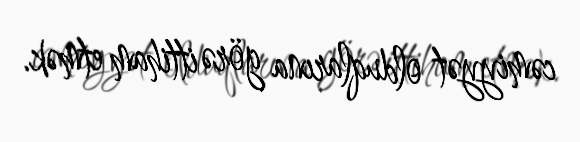
cəmiyyət olduqlarına görə ittiham etmək.